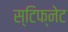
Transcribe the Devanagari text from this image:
स्टिफ्नेट